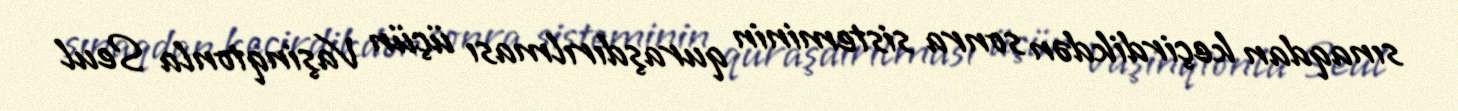
sınaqdan keçirdikdən sonra sisteminin quraşdırılması üçün Vaşinqtonla Seul